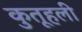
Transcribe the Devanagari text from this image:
कुतूहली